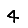
Digit: 4